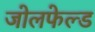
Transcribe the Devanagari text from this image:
जोलफेल्ड